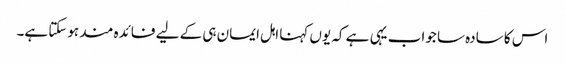
اس کا سادہ سا جواب یہی ہے کہ یوں کہنا اہل ایمان ہی کے لیے فائدہ مند ہوسکتا ہے۔